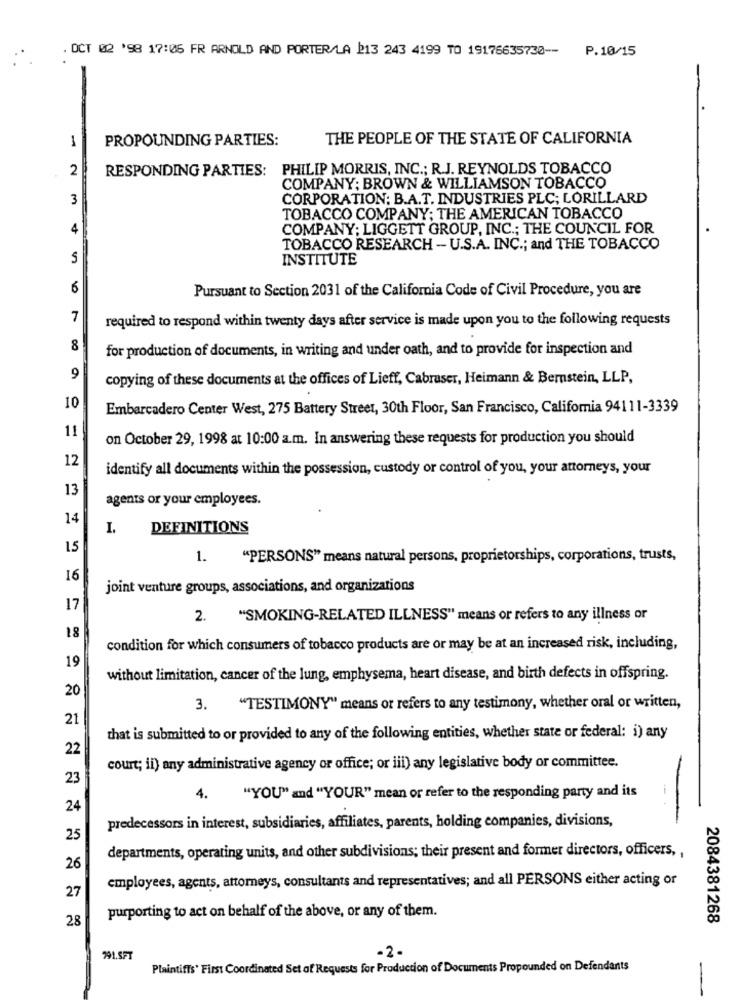
. OCT 02 '98 17:05 FR ARNOLD AND PORTER/LA 213 243 4199 TO 19176635730 -- P. 10/15
PROPOUNDING PARTIES:
THE PEOPLE OF THE STATE OF CALIFORNIA
2
RESPONDING PARTIES: PHILIP MORRIS, INC .; R.J. REYNOLDS TOBACCO
COMPANY; BROWN & WILLIAMSON TOBACCO
3
CORPORATION: B.A.T. INDUSTRIES PLC; LORILLARD
TOBACCO COMPANY; THE AMERICAN TOBACCO
4
COMPANY; LIGGETT GROUP, INC .; THE COUNCIL FOR
TOBACCO RESEARCH - U.S.A. INC .; and THE TOBACCO
INSTITUTE
6
Pursuant to Section 2031 of the California Code of Civil Procedure, you are
7
required to respond within twenty days after service is made upon you to the following requests
8
for production of documents, in writing and under oath, and to provide for inspection and
9
copying of these documents at the offices of Lieff, Cabraser, Heimann & Bernstein, LLP,
10
Embarcadero Center West, 275 Battery Street, 30th Floor, San Francisco, California 94111-3339
11
on October 29, 1998 at 10:00 a.m. In answering these requests for production you should
12
identify all documents within the possession, custody or control of you, your attorneys, your
13
agents or your employees.
14
I. DEFINITIONS
15
1.
"PERSONS" means natural persons, proprietorships, corporations, trusts,
16
joint venture groups, associations, and organizations
17
2. "SMOKING-RELATED ILLNESS" means or refers to any illness or
18
condition for which consumers of tobacco products are or may be at an increased risk, including,
19
without limitation, cancer of the lung, emphysema, heart disease, and birth defects in offspring.
20
3. "TESTIMONY" means or refers to any testimony, whether oral or written,
21
that is submitted to or provided to any of the following entities, whether state or federal: i) any
22
court; il) any administrative agency or office; or iii) any legislative body or committee.
23
4.
"YOU" and "YOUR" mean or refer to the responding party and its
24
predecessors in interest, subsidiaries, affiliates, parents, holding companies, divisions,
25
departments, operating units, and other subdivisions; their present and former directors, officers, ,
26
employees, agents, attorneys, consultants and representatives; and all PERSONS either acting or
27
purporting to act on behalf of the above, or any of them.
28
2084381268
.2.
991.SFT
Plaintiffs' First Coordinated Set of Requests for Production of Documents Propounded on Defendants
-